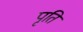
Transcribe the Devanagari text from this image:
पृति